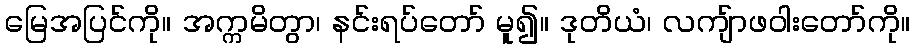
မြေအပြင်ကို။ အက္ကမိတွာ၊ နင်းရပ်တော် မူ၍။ ဒုတိယံ၊ လကျ်ာဖဝါးတော်ကို။